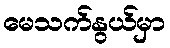
မေသက်နွယ်မှာ